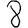
Digit: 8